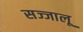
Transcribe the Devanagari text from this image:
सज्जालू